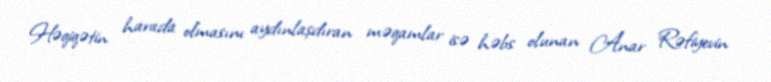
Həqiqətin harada olmasını aydınlaşdıran məqamlar isə həbs olunan Anar Rəfiyevin